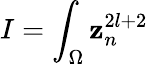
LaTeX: I=\int_{\Omega}\mathbf{z}_{n}^{2l+2}